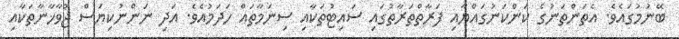
ބޭނުމުގައެވެ. އެތަންތަނުގެ ކަންކަނުގައްޔާއި ފަރާތްތަރާތުގައި ސައިޓުތަކާއި ސިނަމާތައް ހަދަމުއެވެ. އަދި ނަންނުކިޔަސް ޖުވާޚާނާތަކާއި